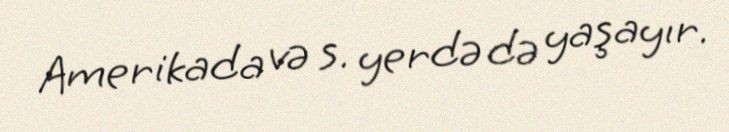
Amerikada və s. yerdə də yaşayır.